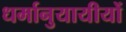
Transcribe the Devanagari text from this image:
धर्मानुयायीयों